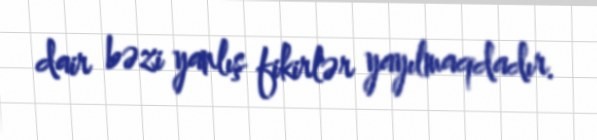
dair bəzi yanlış fikirlər yayılmaqdadır.